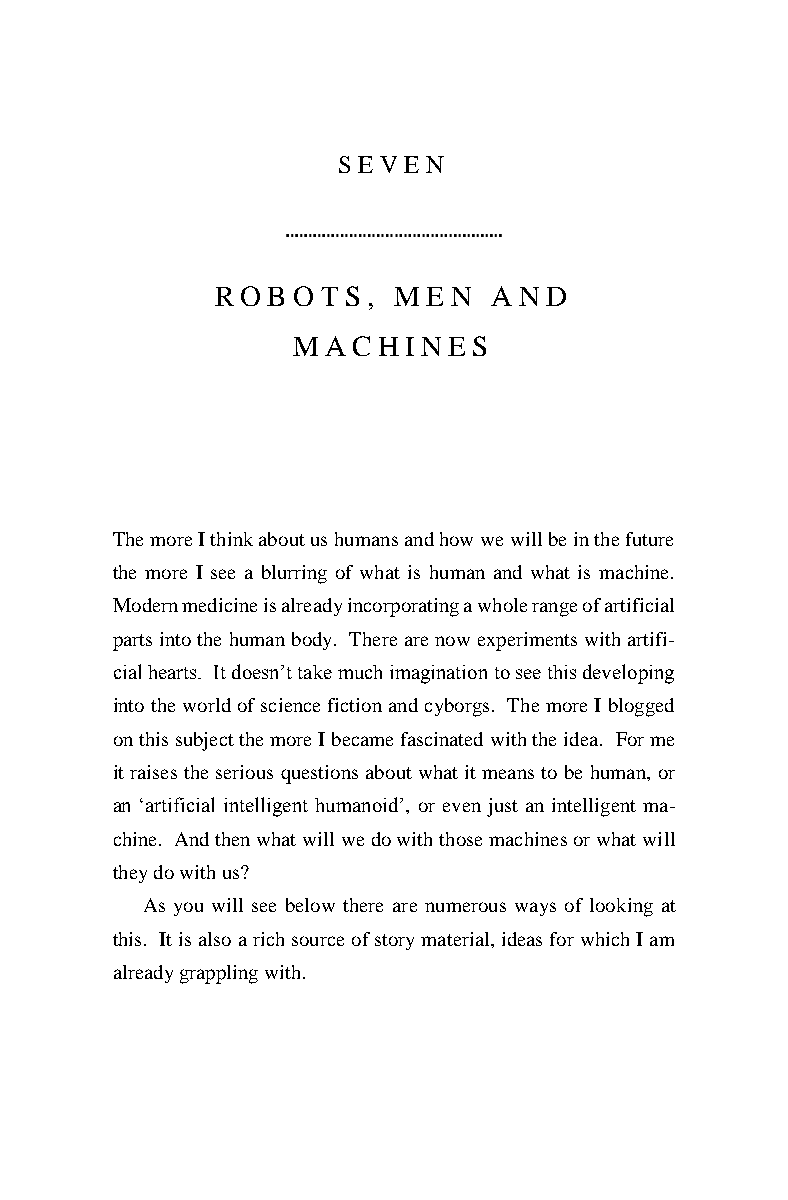
S EVEN
 ROBOTS,     ME  N  AND
 MACHINES
 The more I think about us humans and how we will be in the future
 the more I see a blurring of what is human and what is machine.
 Modern medicine is already incorporating a whole range of artificial
 parts into the human body. There are now experiments with artifi-
 cial hearts. It doesn’t take much imagination to see this developing
 into the world of science fiction and cyborgs. The more I blogged
 on this subject the more I became fascinated with the idea. For me
 it raises the serious questions about what it means to be human, or
 an ‘artificial intelligent humanoid’, or even just an intelligent ma-
 chine. And then what will we do with those machines or what will
 they do with us?
 As you will see below there are numerous ways of looking at
 this. It is also a rich source of story material, ideas for which I am
 already grappling with.